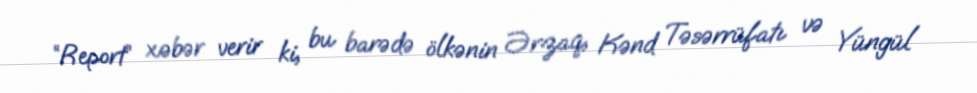
“Report” xəbər verir ki, bu barədə ölkənin Ərzaq, Kənd Təsərrüfatı və Yüngül